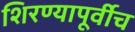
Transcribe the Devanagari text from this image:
शिरण्यापूर्वीच